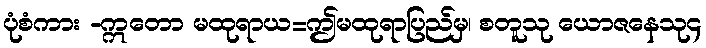
ပုံစံကား -ဣတော မထုရာယ=ဤမထုရာပြည်မှ၊ စတူသု ယောဇနေသု၄